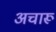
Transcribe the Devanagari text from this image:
अचारू